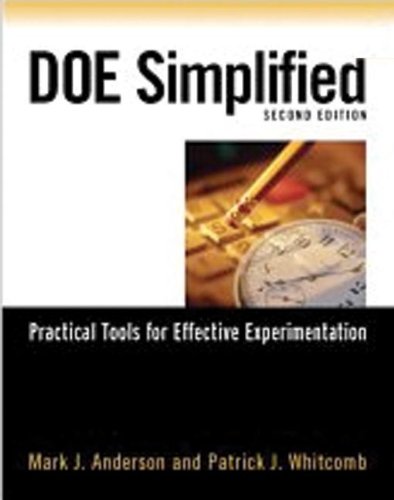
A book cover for DOE Simplified: Practical Tools for Effective Experimentation, Second Edition; Mark J. Anderson; Business & Money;